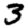
Digit: 3